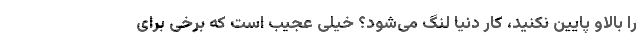
را بالاو پایین نکنید، کار دنیا لنگ می‌شود؟ خیلی عجیب است که برخی برای